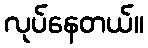
လုပ်နေတယ်။